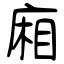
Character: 廂